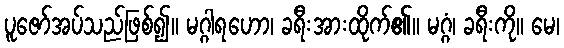
ပူဇော်အပ်သည်ဖြစ်၍။ မဂ္ဂါရဟော၊ ခရီးအားထိုက်၏။ မဂ္ဂံ၊ ခရီးကို။ မေ၊